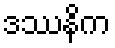
ဒဿနိက